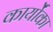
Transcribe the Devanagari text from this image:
कार्योंका